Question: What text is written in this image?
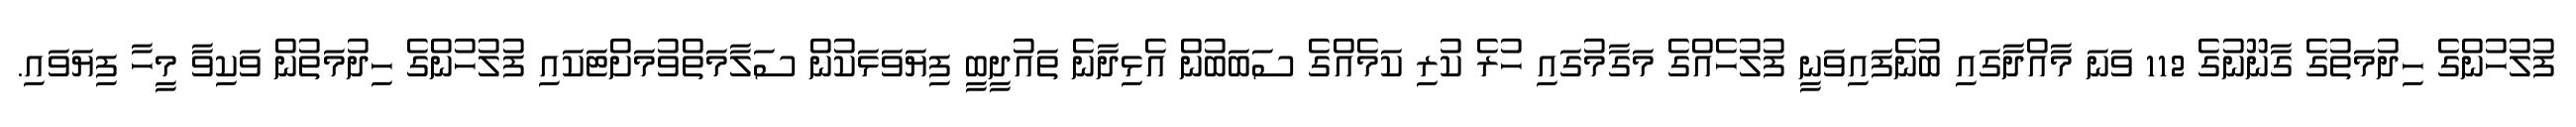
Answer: ފުލުހުންގެ ހިދުމަތުގެ ގާނޫނުގެ 112 ވަނަ މާއްދާގައި ބުނެފައިވަނީ ފުލުހެއްގެ މަގާމުގައި ހުރެ ކުރި ކަމެއްގެ ސަބަބުން އެޅިދާނެ ތައުދީބީ ފިޔަވަޅަކުން ސަލާމަތްވުމަށްޓަކައި ފުލުހުންގެ ހިދުމަތުން ވަކިވާ މީހާ ފިޔަވައި.